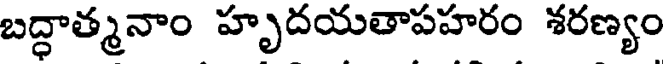
బద్ధాత్మనాం హృదయతాపహరం శరణ్యం